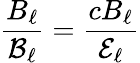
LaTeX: \frac{B_{\ell}}{\mathcal{B}_{\ell}}=\frac{cB_{\ell}}{\mathcal{E}_{\ell}}